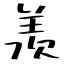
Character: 羡